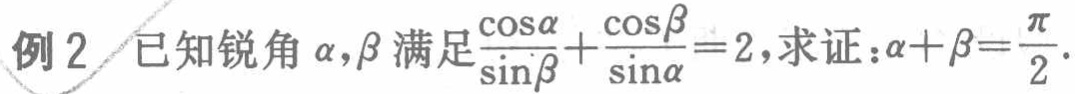
例2 已知锐角\(\alpha,\beta\)满足\(\frac{\cos\alpha}{\sin\beta}+\frac{\cos\beta}{\sin\alpha}=2\)，求证：\(\alpha + \beta=\frac{\pi}{2}\)。